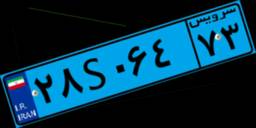
۲۸S۰۶۴۷۳